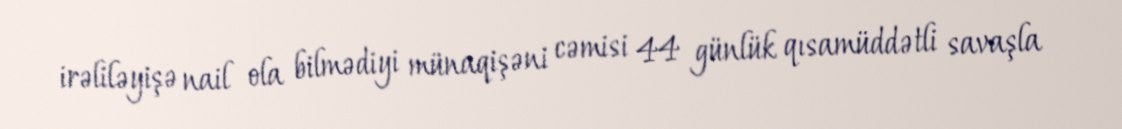
irəliləyişə nail ola bilmədiyi münaqişəni cəmisi 44 günlük qısamüddətli savaşla